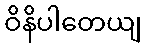
ဝိနိပါတေယျ